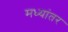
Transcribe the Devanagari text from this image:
मध्‍यांतर